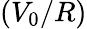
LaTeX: (V_{0}/R)